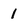
Character: 1